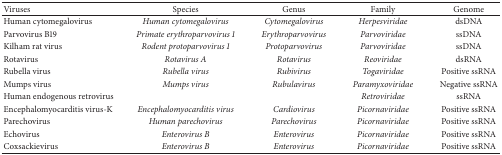
<table><thead><tr><td><b>Viruses</b></td><td><b>Species</b></td><td><b>Genus</b></td><td><b>Family</b></td><td><b>Genome</b></td></tr></thead><tbody><tr><td>Human cytomegalovirus</td><td><i>Human cytomegalovirus </i></td><td><i>Cytomegalovirus </i></td><td><i>Herpesviridae </i></td><td>dsDNA</td></tr><tr><td>Parvovirus B19</td><td><i>Primate erythroparvovirus 1 </i></td><td><i>Erythroparvovirus </i></td><td><i>Parvoviridae </i></td><td>ssDNA</td></tr><tr><td>Kilham rat virus</td><td><i>Rodent protoparvovirus 1 </i></td><td><i>Protoparvovirus </i></td><td><i>Parvoviridae </i></td><td>ssDNA</td></tr><tr><td>Rotavirus</td><td><i>Rotavirus A </i></td><td><i>Rotavirus </i></td><td><i>Reoviridae </i></td><td>dsRNA</td></tr><tr><td>Rubella virus </td><td><i>Rubella virus </i></td><td><i>Rubivirus </i></td><td><i>Togaviridae </i></td><td>Positive ssRNA </td></tr><tr><td>Mumps virus </td><td><i>Mumps virus </i></td><td><i>Rubulavirus </i></td><td><i>Paramyxoviridae </i></td><td>Negative ssRNA</td></tr><tr><td>Human endogenous retrovirus</td><td> </td><td> </td><td><i>Retroviridae </i></td><td>ssRNA</td></tr><tr><td>Encephalomyocarditis virus-K</td><td><i>Encephalomyocarditis virus </i></td><td><i>Cardiovirus </i></td><td><i>Picornaviridae </i></td><td>Positive ssRNA</td></tr><tr><td>Parechovirus</td><td><i>Human parechovirus </i></td><td><i>Parechovirus </i></td><td><i>Picornaviridae </i></td><td>Positive ssRNA</td></tr><tr><td>Echovirus</td><td><i>Enterovirus B </i></td><td><i>Enterovirus </i></td><td><i>Picornaviridae </i></td><td>Positive ssRNA</td></tr><tr><td>Coxsackievirus</td><td><i>Enterovirus B </i></td><td><i>Enterovirus </i></td><td><i>Picornaviridae </i></td><td>Positive ssRNA</td></tr></tbody></table>